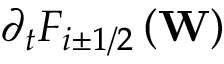
{ { \partial } _ { t } } { { F } _ { i \pm 1 / 2 } } \left( \mathbf { W } \right)